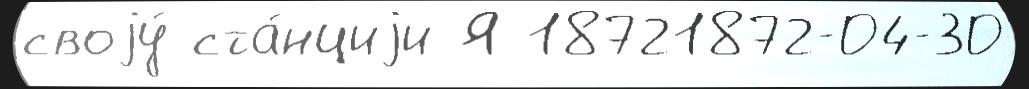
своjу́ ста́нциjи Я 18721872-04-30